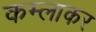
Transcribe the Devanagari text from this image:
कम्लाकर